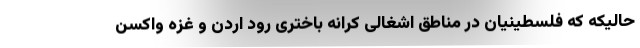
حالیکه که فلسطینیان در مناطق اشغالی کرانه باختری رود اردن و غزه واکسن